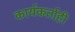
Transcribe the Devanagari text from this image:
कार्यकर्ताही